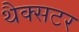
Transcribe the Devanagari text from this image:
थैक्सटर